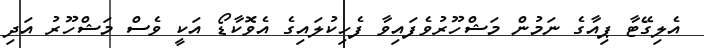
އެލިގޭޓާ ޕިއާގެ ނަމުން މަޝްހޫރުވެފައިވާ ފެހިކުލައިގެ އެވޮކާޑޯ އަކީ ވެސް މަޝްހޫރު އަދި